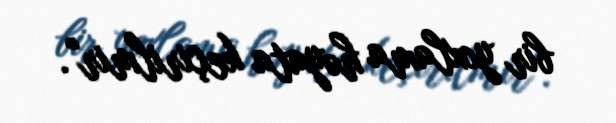
bir yoxlama həyata keçirilmir".